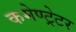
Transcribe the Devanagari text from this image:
कमेण्ट्रेटर